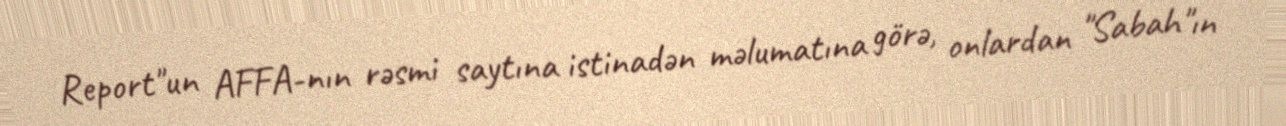
Report"un AFFA-nın rəsmi saytına istinadən məlumatına görə, onlardan "Sabah"ın